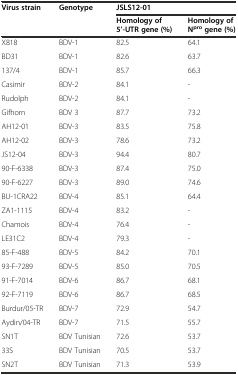
| <ROWSPAN=2> Virus strain | <ROWSPAN=2> Genotype | <COLSPAN=2> JSLS12-01 |
 | Homology of 5’-UTR gene (%) | Homology of Nprogene (%) |
 | --- | --- | --- | --- |
 | X818 | BDV-1 | 82.5 | 64.1 |
 | BD31 | BDV-1 | 82.6 | 63.7 |
 | 137/4 | BDV-1 | 85.7 | 66.3 |
 | Casimir | BDV-2 | 84.1 | - |
 | Rudolph | BDV-2 | 84.1 | - |
 | Gifhorn | BDV 3 | 87.7 | 73.2 |
 | AH12-01 | BDV-3 | 83.5 | 75.8 |
 | AH12-02 | BDV-3 | 78.6 | 73.2 |
 | JS12-04 | BDV-3 | 94.4 | 80.7 |
 | 90-F-6338 | BDV-3 | 87.4 | 75.0 |
 | 90-F-6227 | BDV-3 | 89.0 | 74.6 |
 | BU-1CRA22 | BDV-4 | 85.1 | 64.4 |
 | ZA1-1115 | BDV-4 | 83.2 | - |
 | Chamois | BDV-4 | 76.4 | - |
 | LE31C2 | BDV-4 | 79.3 | - |
 | 85-F-488 | BDV-5 | 84.2 | 70.1 |
 | 93-F-7289 | BDV-5 | 85.0 | 70.5 |
 | 91-F-7014 | BDV-6 | 86.7 | 68.1 |
 | 92-F-7119 | BDV-6 | 86.7 | 68.5 |
 | Burdur/05-TR | BDV-7 | 72.9 | 54.7 |
 | Aydin/04-TR | BDV-7 | 71.5 | 55.7 |
 | SN1T | BDV Tunisian | 72.6 | 53.7 |
 | 33S | BDV Tunisian | 70.5 | 53.7 |
 | SN2T | BDV Tunisian | 71.3 | 53.9 |